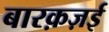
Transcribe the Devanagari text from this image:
बारक़ज़ई